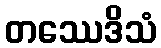
တဿေဒိသံ